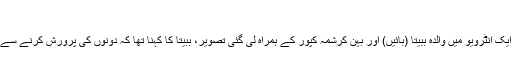
[2]
صحافی ویر سنگھوی کے ساتھ ایک انٹرویو میں والدہ ببیتا (بائیں) اور بہن کرشمہ کپور کے ہمراہ لی گئی تصویر، ببیتا کا کہنا تھا کہ دونوں کی پرورش کرنے سے وہ مزید مستحکم اور آزاد ہوئیں۔